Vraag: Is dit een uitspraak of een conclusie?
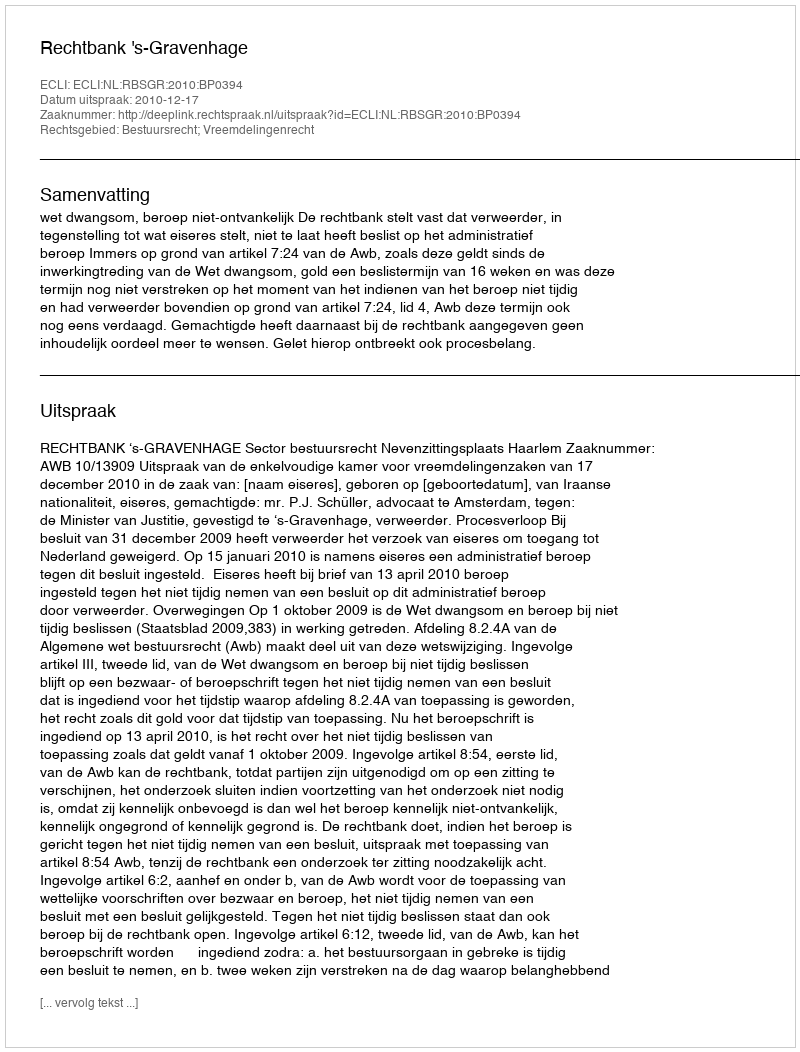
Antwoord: Uitspraak